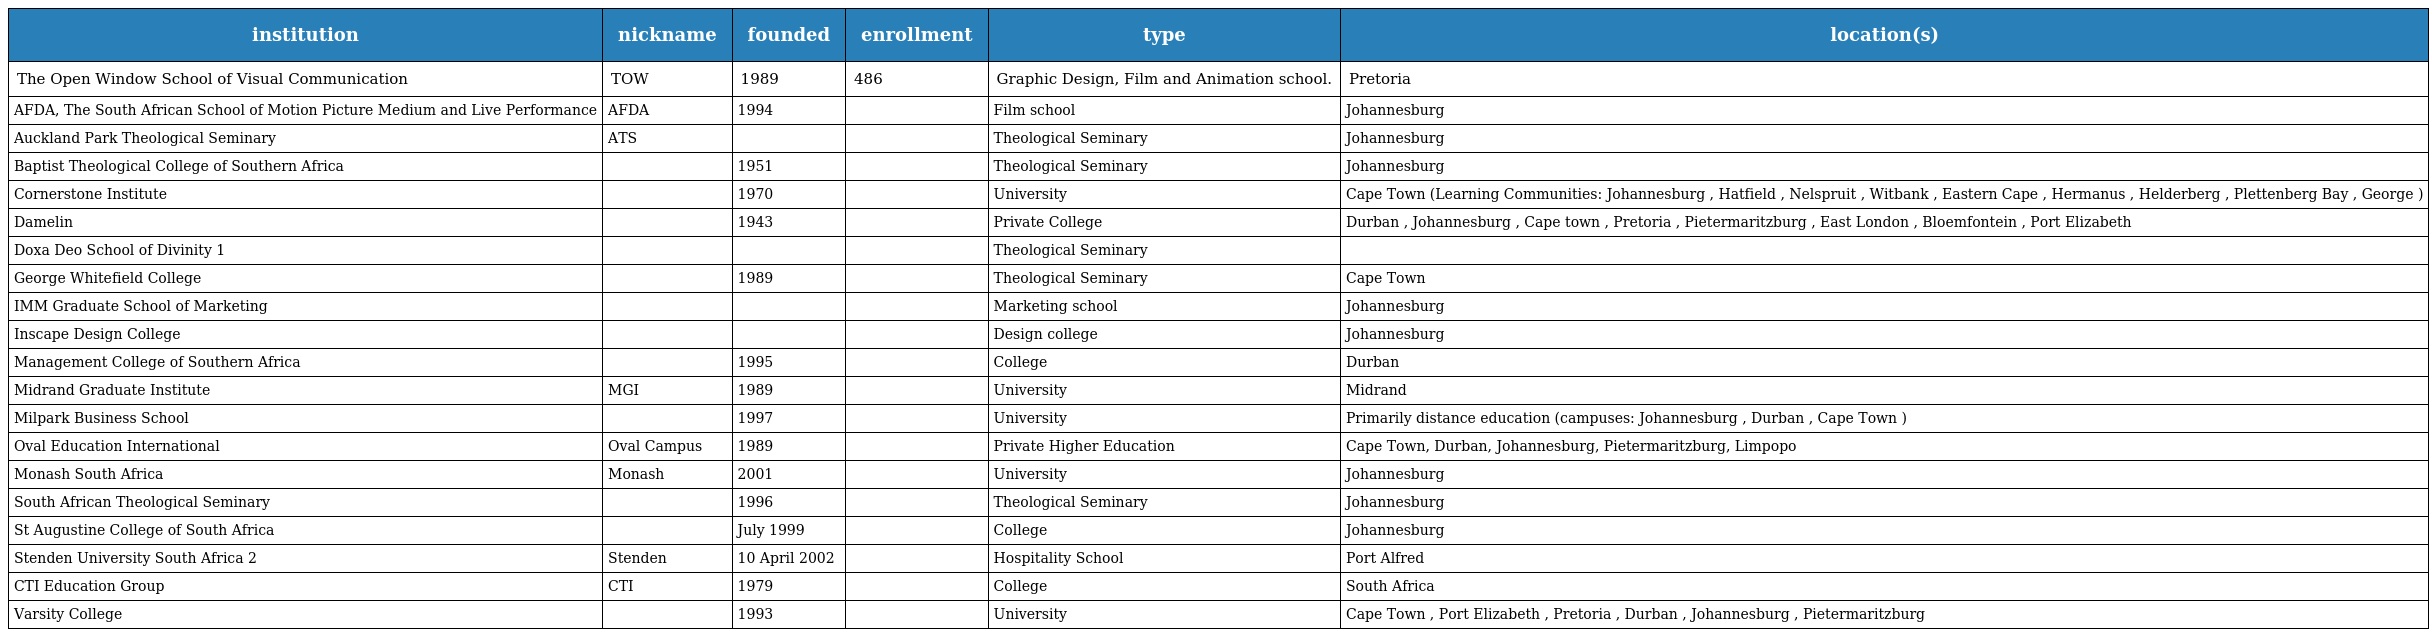
| institution | nickname | founded | enrollment | type | location(s) |
 | --- | --- | --- | --- | --- | --- |
 | The Open Window School of Visual Communication | TOW | 1989 | 486 | Graphic Design, Film and Animation school. | Pretoria |
 | AFDA, The South African School of Motion Picture Medium and Live Performance | AFDA | 1994 |  | Film school | Johannesburg |
 | Auckland Park Theological Seminary | ATS |  |  | Theological Seminary | Johannesburg |
 | Baptist Theological College of Southern Africa |  | 1951 |  | Theological Seminary | Johannesburg |
 | Cornerstone Institute |  | 1970 |  | University | Cape Town (Learning Communities: Johannesburg , Hatfield , Nelspruit , Witbank , Eastern Cape , Hermanus , Helderberg , Plettenberg Bay , George ) |
 | Damelin |  | 1943 |  | Private College | Durban , Johannesburg , Cape town , Pretoria , Pietermaritzburg , East London , Bloemfontein , Port Elizabeth |
 | Doxa Deo School of Divinity 1 |  |  |  | Theological Seminary |  |
 | George Whitefield College |  | 1989 |  | Theological Seminary | Cape Town |
 | IMM Graduate School of Marketing |  |  |  | Marketing school | Johannesburg |
 | Inscape Design College |  |  |  | Design college | Johannesburg |
 | Management College of Southern Africa |  | 1995 |  | College | Durban |
 | Midrand Graduate Institute | MGI | 1989 |  | University | Midrand |
 | Milpark Business School |  | 1997 |  | University | Primarily distance education (campuses: Johannesburg , Durban , Cape Town ) |
 | Oval Education International | Oval Campus | 1989 |  | Private Higher Education | Cape Town, Durban, Johannesburg, Pietermaritzburg, Limpopo |
 | Monash South Africa | Monash | 2001 |  | University | Johannesburg |
 | South African Theological Seminary |  | 1996 |  | Theological Seminary | Johannesburg |
 | St Augustine College of South Africa |  | July 1999 |  | College | Johannesburg |
 | Stenden University South Africa 2 | Stenden | 10 April 2002 |  | Hospitality School | Port Alfred |
 | CTI Education Group | CTI | 1979 |  | College | South Africa |
 | Varsity College |  | 1993 |  | University | Cape Town , Port Elizabeth , Pretoria , Durban , Johannesburg , Pietermaritzburg |